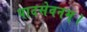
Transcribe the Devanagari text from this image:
पादसेवनम्।